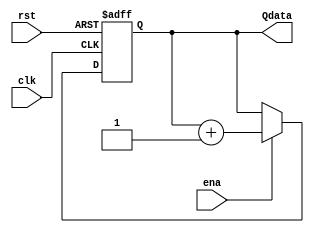
module Cont8b(
	input 				clk,rst,ena,
	output reg [7:0] 	Qdata
);


//Secuencial
always@(posedge clk or negedge rst)
begin
	if(!rst)
		Qdata<=0;	
	else
	if(ena)
		Qdata<=Qdata+1'b1;
end
endmodule